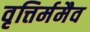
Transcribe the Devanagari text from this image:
वृत्तिर्ममैव